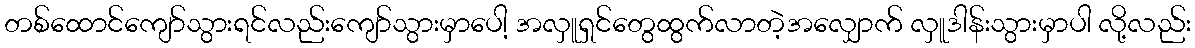
တစ်ထောင်ကျော်သွားရင်လည်းကျော်သွားမှာပေါ့ အလှူရှင်တွေထွက်လာတဲ့အလျှောက် လှူဒါန်းသွားမှာပါ လို့လည်း